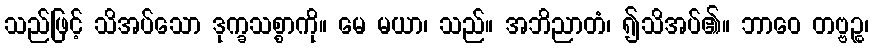
သည်ဖြင့် သိအပ်သော ဒုက္ခသစ္စာကို။ မေ မယာ၊ သည်။ အဘိညာတံ၊ ၍သိအပ်၏။ ဘာဝေ တဗ္ဗဉ္စ၊